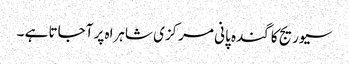
سیوریج کا گندہ پانی مرکزی شاہراہ پر آجاتا ہے ۔